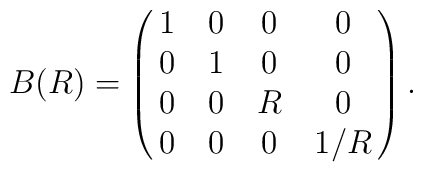
B(R) = \pmatrix{1&0&0&0 \cr 0&1&0&0 \cr 0&0&R&0 \cr 0&0&0&1/R} .